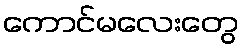
ကောင်မလေးတွေ